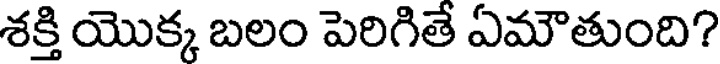
శక్తి యొక్క బలం పెరిగితే ఏమౌతుంది?